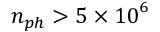
n _ { p h } > 5 \times { 1 0 } ^ { 6 }